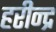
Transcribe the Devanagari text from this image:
हरीन्द्र